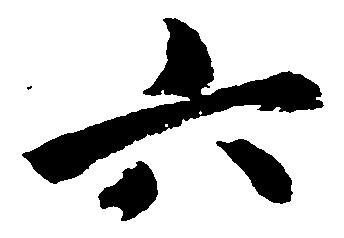
六